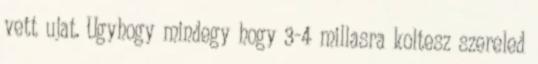
vett ujat. Ugyhogy mindegy hogy 3-4 millasra koltesz szereled